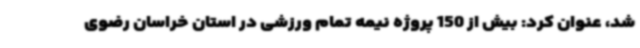
شد، عنوان کرد: بیش از 150 پروژه نیمه تمام ورزشی در استان خراسان رضوی